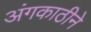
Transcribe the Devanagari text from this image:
अंगकाठीने